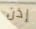
إذن